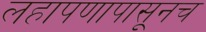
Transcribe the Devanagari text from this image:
लहापणापासूनच